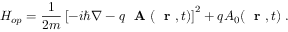
H _ { o p } = \frac { 1 } { 2 m } \left[ - i \hbar \nabla - q \mathrm { ~ \bf ~ A ~ } ( \mathrm { ~ \bf ~ r ~ } , t ) \right] ^ { 2 } + q A _ { 0 } ( \mathrm { ~ \bf ~ r ~ } , t ) \; .